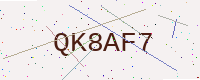
Text: QK8AF7